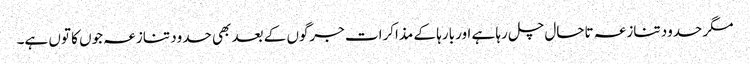
مگر حدود تنازعہ تاحال چل رہا ہے اور بارہا کے مذاکرات جرگوں کے بعد بھی حدود تنازعہ جوں کا توں ہے۔